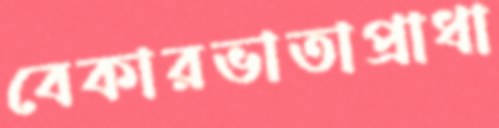
বেকারভাতাপ্রাধা